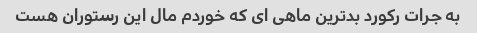
به جرات رکورد بدترین ماهی ای که خوردم مال این رستوران هست